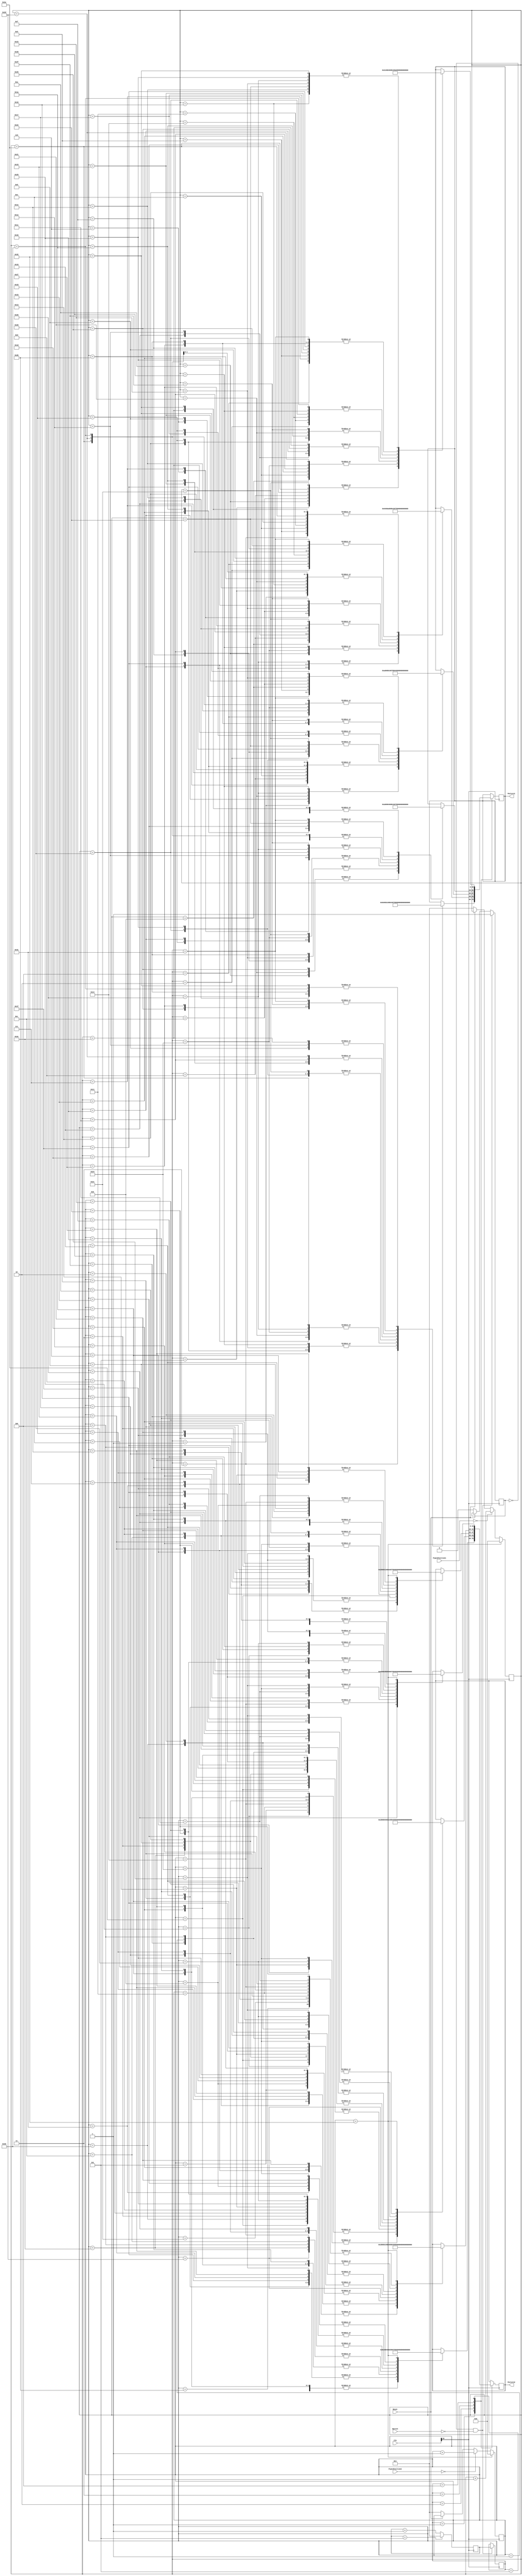
`timescale 1ns / 1ps
//////////////////////////////////////////////////////////////////////////////////
// Company: 
// Engineer: 
// 
// Design Name: 
// Module Name:    Pattern 
// Project Name: 
// Target Devices: 
// Tool versions: 
// Description: 
//
// Dependencies: 
//
// Revision: 
// Revision 0.01 - File Created
// Additional Comments: 
//
//////////////////////////////////////////////////////////////////////////////////
module Pattern(input [24:0] Clk,input Reset,input [15:0] PipesPosition1,input [15:0] PipesPosition2,Button,output reg [15:0] Pattern1,output reg [15:0] Pattern2);

reg  [15:0] i = 1;
reg  [15:0] j = 1;
reg  [15:0] Random = 0;
reg  [15:0] Pattern;
reg  Start = 0;

always @ (posedge Clk[16])
begin
	if (!Reset)
	begin
	i <= 1;
	j <= 1;
	Random <= 0;
	Start <= 0;
	end

	if (Random == 5) Random <= 1;
	else Random <= Random + 1;

	if (Start == 0 && !Button) begin Start <= 1; Pattern <= Random; end
	
	if (PipesPosition1 == 0) i <= i+1;
	if (PipesPosition2 == 0) j <= j+1;
	if (j == 50) begin i <= 0;  j <= 0; end

case (Pattern)
1 : begin
							case (i)
						1	: Pattern1 <=	80	;
						2	: Pattern1 <=	80	;
						3	: Pattern1 <=	110	;
						4	: Pattern1 <=	160	;
						5	: Pattern1 <=	120	;
						6	: Pattern1 <=	140	;
						7	: Pattern1 <=	80	;
						8	: Pattern1 <=	40	;
						9	: Pattern1 <=	80	;
						10	: Pattern1 <=	120	;
						11	: Pattern1 <=	160	;
						12	: Pattern1 <=	140	;
						13	: Pattern1 <=	100	;
						14	: Pattern1 <=	60	;
						15	: Pattern1 <=	160	;
						16	: Pattern1 <=	120	;
						17	: Pattern1 <=	80	;
						18	: Pattern1 <=	40	;
						19	: Pattern1 <=	60	;
						20	: Pattern1 <=	100	;
						21	: Pattern1 <=	140	;
						22	: Pattern1 <=	100	;
						23	: Pattern1 <=	100	;
						24	: Pattern1 <=	60	;
						25	: Pattern1 <=	100	;
						26	: Pattern1 <=	100	;
						27	: Pattern1 <=	140	;
						28	: Pattern1 <=	100	;
						29	: Pattern1 <=	160	;
						30	: Pattern1 <=	160	;
						31	: Pattern1 <=	140	;
						32	: Pattern1 <=	120	;
						33	: Pattern1 <=	140	;
						34	: Pattern1 <=	80	;
						35	: Pattern1 <=	60	;
						36	: Pattern1 <=	140	;
						37	: Pattern1 <=	80	;
						38	: Pattern1 <=	140	;
						39	: Pattern1 <=	80	;
						40	: Pattern1 <=	60	;
						41	: Pattern1 <=	120	;
						42	: Pattern1 <=	140	;
						43	: Pattern1 <=	160	;
						44	: Pattern1 <=	120	;
						45	: Pattern1 <=	100	;
						46	: Pattern1 <=	40	;
						47	: Pattern1 <=	80	;
						48	: Pattern1 <=	160	;
						49	: Pattern1 <=	80	;
						50	: Pattern1 <=	160	;
							endcase
							
							case (j)
						1	: Pattern2 <=	140	;
						2	: Pattern2 <=	40	;
						3	: Pattern2 <=	80	;
						4	: Pattern2 <=	120	;
						5	: Pattern2 <=	40	;
						6	: Pattern2 <=	60	;
						7	: Pattern2 <=	80	;
						8	: Pattern2 <=	60	;
						9	: Pattern2 <=	100	;
						10	: Pattern2 <=	140	;
						11	: Pattern2 <=	160	;
						12	: Pattern2 <=	120	;
						13	: Pattern2 <=	80	;
						14	: Pattern2 <=	40	;
						15	: Pattern2 <=	140	;
						16	: Pattern2 <=	100	;
						17	: Pattern2 <=	60	;
						18	: Pattern2 <=	40	;
						19	: Pattern2 <=	80	;
						20	: Pattern2 <=	120	;
						21	: Pattern2 <=	160	;
						22	: Pattern2 <=	100	;
						23	: Pattern2 <=	60	;
						24	: Pattern2 <=	60	;
						25	: Pattern2 <=	100	;
						26	: Pattern2 <=	140	;
						27	: Pattern2 <=	140	;
						28	: Pattern2 <=	40	;
						29	: Pattern2 <=	40	;
						30	: Pattern2 <=	100	;
						31	: Pattern2 <=	80	;
						32	: Pattern2 <=	80	;
						33	: Pattern2 <=	160	;
						34	: Pattern2 <=	80	;
						35	: Pattern2 <=	80	;
						36	: Pattern2 <=	160	;
						37	: Pattern2 <=	100	;
						38	: Pattern2 <=	60	;
						39	: Pattern2 <=	40	;
						40	: Pattern2 <=	40	;
						41	: Pattern2 <=	60	;
						42	: Pattern2 <=	80	;
						43	: Pattern2 <=	60	;
						44	: Pattern2 <=	40	;
						45	: Pattern2 <=	120	;
						46	: Pattern2 <=	120	;
						47	: Pattern2 <=	60	;
						48	: Pattern2 <=	80	;
						49	: Pattern2 <=	160	;
						50	: Pattern2 <=	395	;
							endcase
							end
2 : begin
					case (i)
					1	: Pattern1 <=	40	;
					2	: Pattern1 <=	60	;
					3	: Pattern1 <=	80	;
					4	: Pattern1 <=	60	;
					5	: Pattern1 <=	40	;
					6	: Pattern1 <=	120	;
					7	: Pattern1 <=	120	;
					8	: Pattern1 <=	60	;
					9	: Pattern1 <=	80	;
					10	: Pattern1 <=	160	;
					11	: Pattern1 <=	140	;
					12	: Pattern1 <=	120	;
					13	: Pattern1 <=	140	;
					14	: Pattern1 <=	80	;
					15	: Pattern1 <=	60	;
					16	: Pattern1 <=	140	;
					17	: Pattern1 <=	80	;
					18	: Pattern1 <=	140	;
					19	: Pattern1 <=	80	;
					20	: Pattern1 <=	60	;
					21	: Pattern1 <=	40	;
					22	: Pattern1 <=	40	;
					23	: Pattern1 <=	100	;
					24	: Pattern1 <=	100	;
					25	: Pattern1 <=	60	;
					26	: Pattern1 <=	60	;
					27	: Pattern1 <=	100	;
					28	: Pattern1 <=	140	;
					29	: Pattern1 <=	140	;
					30	: Pattern1 <=	140	;
					31	: Pattern1 <=	100	;
					32	: Pattern1 <=	60	;
					33	: Pattern1 <=	40	;
					34	: Pattern1 <=	80	;
					35	: Pattern1 <=	120	;
					36	: Pattern1 <=	160	;
					37	: Pattern1 <=	60	;
					38	: Pattern1 <=	100	;
					39	: Pattern1 <=	140	;
					40	: Pattern1 <=	160	;
					41	: Pattern1 <=	120	;
					42	: Pattern1 <=	80	;
					43	: Pattern1 <=	40	;
					44	: Pattern1 <=	140	;
					45	: Pattern1 <=	40	;
					46	: Pattern1 <=	80	;
					47	: Pattern1 <=	120	;
					48	: Pattern1 <=	40	;
					49	: Pattern1 <=	60	;
					50	: Pattern1 <=	80	;
					endcase
					case (j)
					1	: Pattern2 <=	120	;
					2	: Pattern2 <=	140	;
					3	: Pattern2 <=	160	;
					4	: Pattern2 <=	120	;
					5	: Pattern2 <=	100	;
					6	: Pattern2 <=	40	;
					7	: Pattern2 <=	80	;
					8	: Pattern2 <=	160	;
					9	: Pattern2 <=	80	;
					10	: Pattern2 <=	160	;
					11	: Pattern2 <=	80	;
					12	: Pattern2 <=	80	;
					13	: Pattern2 <=	160	;
					14	: Pattern2 <=	80	;
					15	: Pattern2 <=	80	;
					16	: Pattern2 <=	160	;
					17	: Pattern2 <=	100	;
					18	: Pattern2 <=	60	;
					19	: Pattern2 <=	40	;
					20	: Pattern2 <=	100	;
					21	: Pattern2 <=	160	;
					22	: Pattern2 <=	160	;
					23	: Pattern2 <=	100	;
					24	: Pattern2 <=	100	;
					25	: Pattern2 <=	60	;
					26	: Pattern2 <=	100	;
					27	: Pattern2 <=	100	;
					28	: Pattern2 <=	140	;
					29	: Pattern2 <=	160	;
					30	: Pattern2 <=	120	;
					31	: Pattern2 <=	80	;
					32	: Pattern2 <=	40	;
					33	: Pattern2 <=	60	;
					34	: Pattern2 <=	100	;
					35	: Pattern2 <=	140	;
					36	: Pattern2 <=	40	;
					37	: Pattern2 <=	80	;
					38	: Pattern2 <=	120	;
					39	: Pattern2 <=	160	;
					40	: Pattern2 <=	140	;
					41	: Pattern2 <=	100	;
					42	: Pattern2 <=	60	;
					43	: Pattern2 <=	80	;
					44	: Pattern2 <=	80	;
					45	: Pattern2 <=	110	;
					46	: Pattern2 <=	160	;
					47	: Pattern2 <=	120	;
					48	: Pattern2 <=	140	;
					49	: Pattern2 <=	80	;
					50	: Pattern2 <=	395	;
					endcase
	end
	
	
3 : begin

						case (i)
								1	: Pattern1 <=	160;
						2	: Pattern1 <=	120;
						3	: Pattern1 <=	80;
						4	: Pattern1 <=	40;
						5	: Pattern1 <=	60;
						6	: Pattern1 <=	100;
						7	: Pattern1 <=	140;
						8	: Pattern1 <=	100;
						9	: Pattern1 <=	100;
						10	: Pattern1 <=	60;
						11	: Pattern1 <=	100;
						12	: Pattern1 <=	100;
						13	: Pattern1 <=	140;
						14	: Pattern1 <=	140;
						15	: Pattern1 <=	120;
						16	: Pattern1 <=	140;
						17	: Pattern1 <=	80;
						18	: Pattern1 <=	60;
						19	: Pattern1 <=	140;
						20	: Pattern1 <=	80;
						21	: Pattern1 <=	140;
						22	: Pattern1 <=	80;
						23	: Pattern1 <=	60;
						24	: Pattern1 <=	60;
						25	: Pattern1 <=	100;
						26	: Pattern1 <=	140;
						27	: Pattern1 <=	160;
						28	: Pattern1 <=	120;
						29	: Pattern1 <=	80;
						30	: Pattern1 <=	40;
						31	: Pattern1 <=	120;
						32	: Pattern1 <=	140;
						33	: Pattern1 <=	160;
						34	: Pattern1 <=	120;
						35	: Pattern1 <=	100;
						36	: Pattern1 <=	40;
						37	: Pattern1 <=	80;
						38	: Pattern1 <=	160;
						39	: Pattern1 <=	80;
						40	: Pattern1 <=	160;
						41	: Pattern1 <=	140;
						42	: Pattern1 <=	40;
						43	: Pattern1 <=	80;
						44	: Pattern1 <=	120;
						45	: Pattern1 <=	40;
						46	: Pattern1 <=	60;
						47	: Pattern1 <=	80;
						48	: Pattern1 <=	40;
						49	: Pattern1 <=	40;
						50	: Pattern1 <=	100;
						endcase
						case (j)
						1	: Pattern2 <=	140	;
						2	: Pattern2 <=	100	;
						3	: Pattern2 <=	60	;
						4	: Pattern2 <=	40	;
						5	: Pattern2 <=	80	;
						6	: Pattern2 <=	120	;
						7	: Pattern2 <=	160	;
						8	: Pattern2 <=	100	;
						9	: Pattern2 <=	60	;
						10	: Pattern2 <=	60	;
						11	: Pattern2 <=	100	;
						12	: Pattern2 <=	140	;
						13	: Pattern2 <=	140	;
						14	: Pattern2 <=	80	;
						15	: Pattern2 <=	80	;
						16	: Pattern2 <=	160	;
						17	: Pattern2 <=	80	;
						18	: Pattern2 <=	80	;
						19	: Pattern2 <=	160	;
						20	: Pattern2 <=	100	;
						21	: Pattern2 <=	60	;
						22	: Pattern2 <=	40	;
						23	: Pattern2 <=	40	;
						24	: Pattern2 <=	80	;
						25	: Pattern2 <=	120	;
						26	: Pattern2 <=	160	;
						27	: Pattern2 <=	140	;
						28	: Pattern2 <=	100	;
						29	: Pattern2 <=	60	;
						30	: Pattern2 <=	40	;
						31	: Pattern2 <=	60	;
						32	: Pattern2 <=	80	;
						33	: Pattern2 <=	60	;
						34	: Pattern2 <=	40	;
						35	: Pattern2 <=	120	;
						36	: Pattern2 <=	120	;
						37	: Pattern2 <=	60	;
						38	: Pattern2 <=	80	;
						39	: Pattern2 <=	160	;
						40	: Pattern2 <=	80	;
						41	: Pattern2 <=	80	;
						42	: Pattern2 <=	110	;
						43	: Pattern2 <=	160	;
						44	: Pattern2 <=	120	;
						45	: Pattern2 <=	140	;
						46	: Pattern2 <=	80	;
						47	: Pattern2 <=	100	;
						48	: Pattern2 <=	160	;
						49	: Pattern2 <=	160	;
						50	: Pattern2 <=	395	;
						endcase
	end
	
4 : begin
								case (i)
						1	: Pattern1 <=	40	;
						2	: Pattern1 <=	60	;
						3	: Pattern1 <=	80	;
						4	: Pattern1 <=	60	;
						5	: Pattern1 <=	40	;
						6	: Pattern1 <=	120	;
						7	: Pattern1 <=	120	;
						8	: Pattern1 <=	60	;
						9	: Pattern1 <=	80	;
						10	: Pattern1 <=	160	;
						11	: Pattern1 <=	100	;
						12	: Pattern1 <=	100	;
						13	: Pattern1 <=	60	;
						14	: Pattern1 <=	100	;
						15	: Pattern1 <=	100	;
						16	: Pattern1 <=	140	;
						17	: Pattern1 <=	140	;
						18	: Pattern1 <=	120	;
						19	: Pattern1 <=	140	;
						20	: Pattern1 <=	80	;
						21	: Pattern1 <=	60	;
						22	: Pattern1 <=	140	;
						23	: Pattern1 <=	80	;
						24	: Pattern1 <=	140	;
						25	: Pattern1 <=	80	;
						26	: Pattern1 <=	60	;
						27	: Pattern1 <=	140	;
						28	: Pattern1 <=	100	;
						29	: Pattern1 <=	60	;
						30	: Pattern1 <=	40	;
						31	: Pattern1 <=	80	;
						32	: Pattern1 <=	120	;
						33	: Pattern1 <=	160	;
						34	: Pattern1 <=	60	;
						35	: Pattern1 <=	100	;
						36	: Pattern1 <=	140	;
						37	: Pattern1 <=	160	;
						38	: Pattern1 <=	120	;
						39	: Pattern1 <=	80	;
						40	: Pattern1 <=	40	;
						41	: Pattern1 <=	40	;
						42	: Pattern1 <=	40	;
						43	: Pattern1 <=	100	;
						44	: Pattern1 <=	140	;
						45	: Pattern1 <=	40	;
						46	: Pattern1 <=	80	;
						47	: Pattern1 <=	120	;
						48	: Pattern1 <=	40	;
						49	: Pattern1 <=	60	;
						50	: Pattern1 <=	80	;
								endcase
								
								case (j)
								1	: Pattern2 <=	120	;
						2	: Pattern2 <=	140	;
						3	: Pattern2 <=	160	;
						4	: Pattern2 <=	120	;
						5	: Pattern2 <=	100	;
						6	: Pattern2 <=	40	;
						7	: Pattern2 <=	80	;
						8	: Pattern2 <=	160	;
						9	: Pattern2 <=	80	;
						10	: Pattern2 <=	160	;
						11	: Pattern2 <=	100	;
						12	: Pattern2 <=	60	;
						13	: Pattern2 <=	60	;
						14	: Pattern2 <=	100	;
						15	: Pattern2 <=	140	;
						16	: Pattern2 <=	140	;
						17	: Pattern2 <=	80	;
						18	: Pattern2 <=	80	;
						19	: Pattern2 <=	160	;
						20	: Pattern2 <=	80	;
						21	: Pattern2 <=	80	;
						22	: Pattern2 <=	160	;
						23	: Pattern2 <=	100	;
						24	: Pattern2 <=	60	;
						25	: Pattern2 <=	40	;
						26	: Pattern2 <=	160	;
						27	: Pattern2 <=	120	;
						28	: Pattern2 <=	80	;
						29	: Pattern2 <=	40	;
						30	: Pattern2 <=	60	;
						31	: Pattern2 <=	100	;
						32	: Pattern2 <=	140	;
						33	: Pattern2 <=	40	;
						34	: Pattern2 <=	80	;
						35	: Pattern2 <=	120	;
						36	: Pattern2 <=	160	;
						37	: Pattern2 <=	140	;
						38	: Pattern2 <=	100	;
						39	: Pattern2 <=	60	;
						40	: Pattern2 <=	100	;
						41	: Pattern2 <=	160	;
						42	: Pattern2 <=	160	;
						43	: Pattern2 <=	80	;
						44	: Pattern2 <=	80	;
						45	: Pattern2 <=	110	;
						46	: Pattern2 <=	160	;
						47	: Pattern2 <=	120	;
						48	: Pattern2 <=	140	;
						49	: Pattern2 <=	80	;
						50	: Pattern2 <=	395	;

								endcase
	end
	
	
5 : begin
								case (i)
								1	: Pattern1 <=	140	;
						2	: Pattern1 <=	120	;
						3	: Pattern1 <=	140	;
						4	: Pattern1 <=	80	;
						5	: Pattern1 <=	60	;
						6	: Pattern1 <=	140	;
						7	: Pattern1 <=	80	;
						8	: Pattern1 <=	140	;
						9	: Pattern1 <=	80	;
						10	: Pattern1 <=	60	;
						11	: Pattern1 <=	100	;
						12	: Pattern1 <=	60	;
						13	: Pattern1 <=	60	;
						14	: Pattern1 <=	100	;
						15	: Pattern1 <=	140	;
						16	: Pattern1 <=	140	;
						17	: Pattern1 <=	120	;
						18	: Pattern1 <=	140	;
						19	: Pattern1 <=	160	;
						20	: Pattern1 <=	120	;
						21	: Pattern1 <=	100	;
						22	: Pattern1 <=	40	;
						23	: Pattern1 <=	80	;
						24	: Pattern1 <=	160	;
						25	: Pattern1 <=	80	;
						26	: Pattern1 <=	160	;
						27	: Pattern1 <=	140	;
						28	: Pattern1 <=	100	;
						29	: Pattern1 <=	60	;
						30	: Pattern1 <=	40	;
						31	: Pattern1 <=	80	;
						32	: Pattern1 <=	120	;
						33	: Pattern1 <=	160	;
						34	: Pattern1 <=	40	;
						35	: Pattern1 <=	40	;
						36	: Pattern1 <=	100	;
						37	: Pattern1 <=	140	;
						38	: Pattern1 <=	40	;
						39	: Pattern1 <=	80	;
						40	: Pattern1 <=	120	;
						41	: Pattern1 <=	40	;
						42	: Pattern1 <=	60	;
						43	: Pattern1 <=	80	;
						44	: Pattern1 <=	60	;
						45	: Pattern1 <=	100	;
						46	: Pattern1 <=	140	;
						47	: Pattern1 <=	160	;
						48	: Pattern1 <=	120	;
						49	: Pattern1 <=	80	;
						50	: Pattern1 <=	40	;
						endcase
						case (j)
						1	: Pattern2 <=	80	;
						2	: Pattern2 <=	80	;
						3	: Pattern2 <=	160	;
						4	: Pattern2 <=	80	;
						5	: Pattern2 <=	80	;
						6	: Pattern2 <=	160	;
						7	: Pattern2 <=	100	;
						8	: Pattern2 <=	60	;
						9	: Pattern2 <=	40	;
						10	: Pattern2 <=	100	;
						11	: Pattern2 <=	100	;
						12	: Pattern2 <=	60	;
						13	: Pattern2 <=	100	;
						14	: Pattern2 <=	100	;
						15	: Pattern2 <=	140	;
						16	: Pattern2 <=	40	;
						17	: Pattern2 <=	60	;
						18	: Pattern2 <=	80	;
						19	: Pattern2 <=	60	;
						20	: Pattern2 <=	40	;
						21	: Pattern2 <=	120	;
						22	: Pattern2 <=	120	;
						23	: Pattern2 <=	60	;
						24	: Pattern2 <=	80	;
						25	: Pattern2 <=	160	;
						26	: Pattern2 <=	160	;
						27	: Pattern2 <=	120	;
						28	: Pattern2 <=	80	;
						29	: Pattern2 <=	40	;
						30	: Pattern2 <=	60	;
						31	: Pattern2 <=	100	;
						32	: Pattern2 <=	140	;
						33	: Pattern2 <=	100	;
						34	: Pattern2 <=	160	;
						35	: Pattern2 <=	160	;
						36	: Pattern2 <=	80	;
						37	: Pattern2 <=	80	;
						38	: Pattern2 <=	110	;
						39	: Pattern2 <=	160	;
						40	: Pattern2 <=	120	;
						41	: Pattern2 <=	140	;
						42	: Pattern2 <=	80	;
						43	: Pattern2 <=	40	;
						44	: Pattern2 <=	80	;
						45	: Pattern2 <=	120	;
						46	: Pattern2 <=	160	;
						47	: Pattern2 <=	140	;
						48	: Pattern2 <=	100	;
						49	: Pattern2 <=	60	;
						50	: Pattern2 <=	395	;
						endcase
		
	end
								
endcase							
end

endmodule